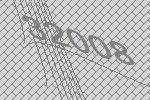
32008